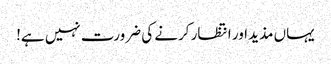
یہاں مذید اور انتظار کرنے کی ضرورت نہیں ہے!